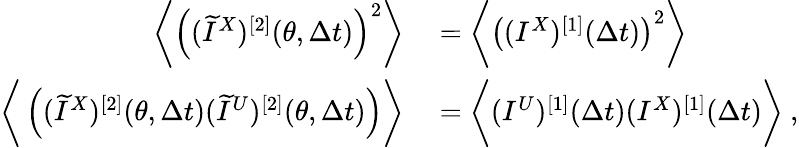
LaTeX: \begin{array}{rl}{\bigg\langle\left((\widetilde{I}^{X})^{[2]}(\theta,\Delta t)\right)^{2}\bigg\rangle}&{{}=\bigg\langle\left((I^{X})^{[1]}(\Delta t)\right)^{2}\bigg\rangle}\\ {\bigg\langle\left((\widetilde{I}^{X})^{[2]}(\theta,\Delta t)(\widetilde{I}^{U})^{[2]}(\theta,\Delta t)\right)\bigg\rangle}&{{}=\bigg\langle(I^{U})^{[1]}(\Delta t)(I^{X})^{[1]}(\Delta t)\bigg\rangle~,}\end{array}